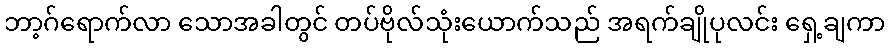
ဘာ့ဂ်ရောက်လာ သောအခါတွင် တပ်ဗိုလ်သုံးယောက်သည် အရက်ချိုပုလင်း ရှေ့ချကာ